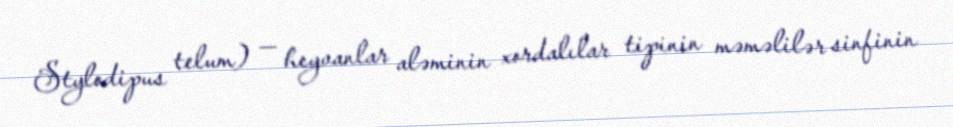
Stylodipus telum) — heyvanlar aləminin xordalılar tipinin məməlilər sinfinin